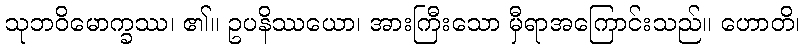
သုဘဝိမောက္ခဿ၊ ၏။ ဥပနိဿယော၊ အားကြီးသော မှီရာအကြောင်းသည်။ ဟောတိ၊